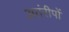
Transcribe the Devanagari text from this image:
अतंरीपों